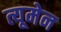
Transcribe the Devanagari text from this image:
त्यूमेन